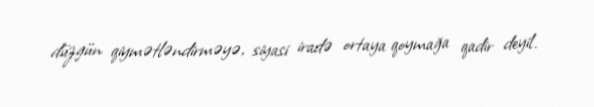
düzgün qiymətləndirməyə, siyasi iradə ortaya qoymağa qadir deyil.